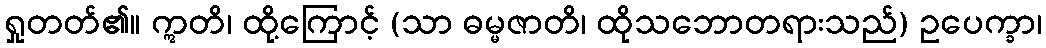
ရှုတတ်၏။ ဣတိ၊ ထို့ကြောင့် (သာ ဓမ္မဇာတိ၊ ထိုသဘောတရားသည်) ဥပေက္ခာ၊